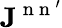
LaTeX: \mathbf{J}^{\mathrm{~n~n~}^{\prime}}